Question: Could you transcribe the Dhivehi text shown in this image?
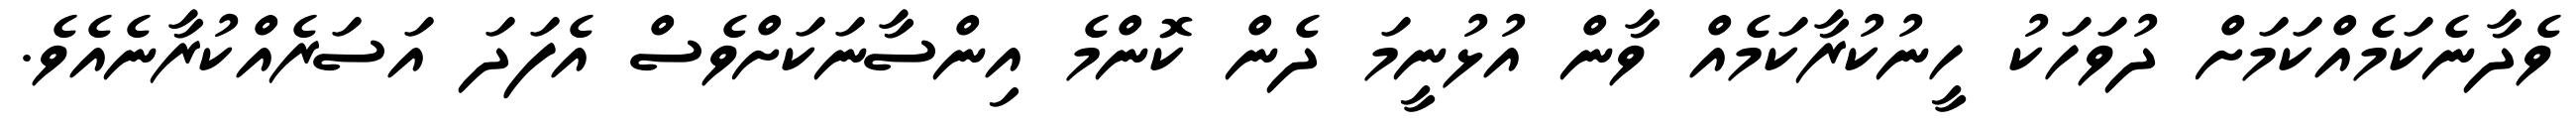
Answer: ވެދާނެކަމެއްކަމަށް ދުވަހަކު ހީނުކުރާކަމެއް ވާން އުޅުނީމަ ދެން ކޮންމެ އިންސާނަކަށްވެސް އެފަދަ އަސަރެއްކުރާނެއެވެ.